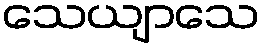
သေယျာသေ